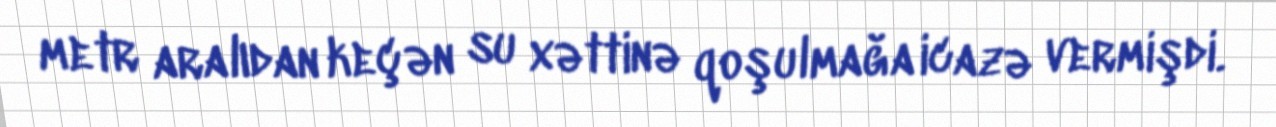
metr aralıdan keçən su xəttinə qoşulmağa icazə vermişdi.